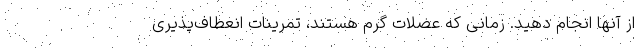
از آنها انجام دهید. زمانی که عضلات گرم هستند، تمرینات انعطاف‌پذیری